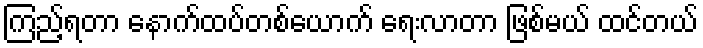
ကြည့်ရတာ နောက်ထပ်တစ်ယောက် ရေးလာတာ ဖြစ်မယ် ထင်တယ်